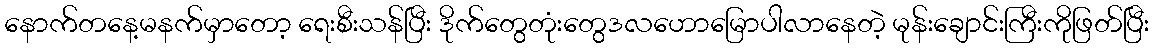
နောက်တနေ့မနက်မှာတော့ ရေးစီးသန်ပြီး ဒိုက်တွေတုံးတွေဒလဟောမြောပါလာနေတဲ့ မုန်းချောင်းကြီးကိုဖြတ်ပြီး